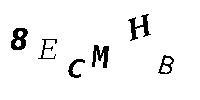
8ECMHB